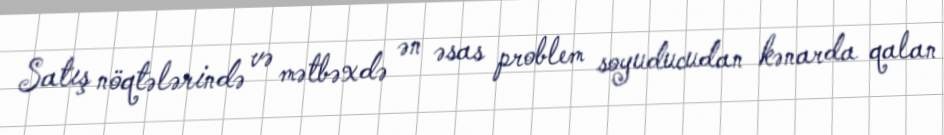
Satış nöqtələrində və mətbəxdə ən əsas problem soyuducudan kənarda qalan